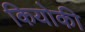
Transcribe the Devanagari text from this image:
कियोकी